Annual report on the mental hospital in the Central Provinces and Berar (Nagpur) - 1927-1951
Year: 1927
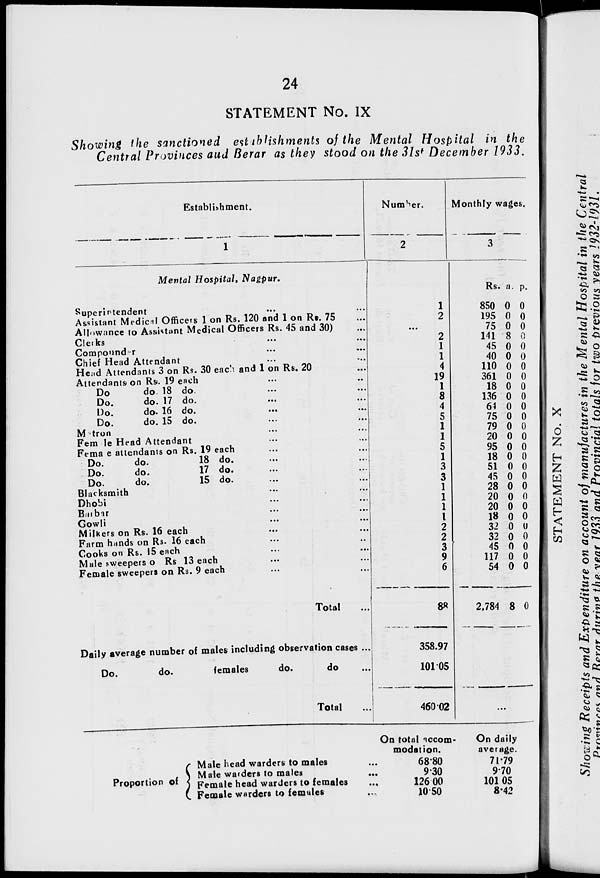
24
STATEMENT No. IX
Showing the sanctioned establishments of the Mental Hospital in the
Central Provinces and Berar as they stood on the 31st December 1933.
Establishment.
1
Mental Hospital, Nagpur.
Superintendent ... ...
Assistant Medical Officers 1 on Rs. 120 and 1 on Rs. 75 ...
Allowance to Assistant Medical Officers Rs. 45 and 30) ...
Clerks ... ...
Compounder ... ...
Chief Head Attendant ... ...
Head Attendants 3 on Rs. 30 each and 1 on Rs. 20 ...
Attendants on Rs. 19 each ... ...
Do
do. 18 do. ... ...
Do.
do. 17 do. ... ...
Do.
do.
16 do.
... ...
Do.
do. 15 do. ... ...
Matron ... ...
Female Head Attendant ... ...
Female attendants on Rs. 19 each ... ...
Do.
do.
18 do. ... ...
Do.
do.
17 do. ... ...
Do.
do.
15 do. ... ...
Blacksmith ... ...
Dhobi ... ...
Barbar ... ...
Gowli ... ...
Milkers on Rs. 16 each ... ...
Farm hands on Rs. 16 each ... ...
Cooks on Rs. 15 each ... ...
Male sweepers on Rs 13 each ... ...
Female sweepers on Rs. 9 each ... ...
Total ...
Daily average number of males including observation cases ...
Do.
do.
females
do.
do ...
Total ...
Number.
2
1
2
...
2
1
1
4
19
1
8
4
5
1
1
5
1
3
3
1
1
1
1
2
2
3
9
6
88
358.97
101.05
460.02
Monthly wages.
3
Rs.
850
195
75
141
45
40
110
361
18
136
64
75
79
20
95
18
51
45
28
20
20
18
32
32
45
117
54
2,784
a.
0
0
0
8
0
0
0
0
0
0
0
0
0
0
0
0
0
0
0
0
0
0
0
0
0
0
0
8
p.
0
0
0
0
0
0
0
0
0
0
0
0
0
0
0
0
0
0
0
0
0
0
0
0
0
0
0
0
...
Proportion of
Male head warders to males ...
Male warders to males ...
Female head warders to females
...
Female warders to females ...
On total accom-
modation.
68.80
9.30
126.00
10.50
On daily
average.
71.79
9.70
101.05
8.42